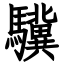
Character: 驥